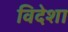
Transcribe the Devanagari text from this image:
विदेशा